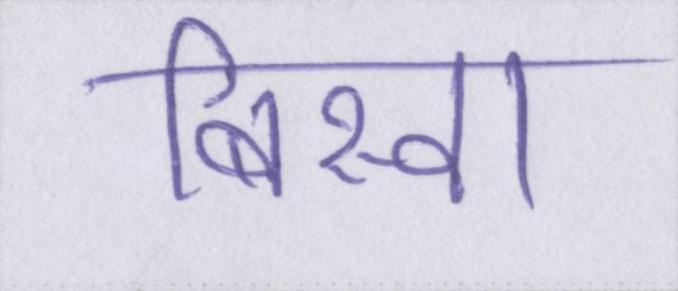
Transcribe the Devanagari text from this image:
बिस्वा